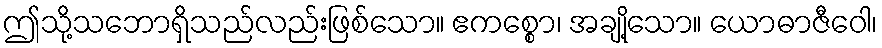
ဤသို့သဘောရှိသည်လည်းဖြစ်သော။ ဧကစ္စော၊ အချို့သော။ ယောဓာဇီဝေါ၊